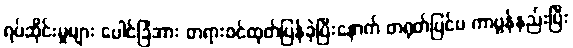
ရပ်ဆိုင်းမှုများ ပေါင်ခြံအား တရားဝင်ထုတ်ပြန်ခဲ့ပြီးနောက် တရုတ်ပြင်ပ ကာဗွန်နည်းပြီး